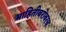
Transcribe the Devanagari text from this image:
माहितीबरोबरच